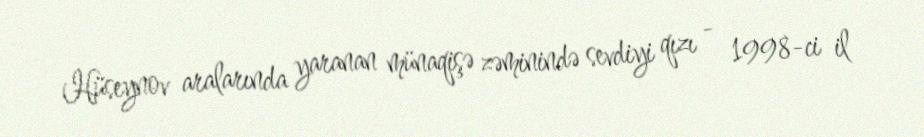
Hüseynov aralarında yaranan münaqişə zəminində sevdiyi qızı - 1998-ci il